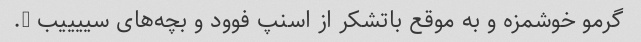
گرمو خوشمزه و به موقع باتشکر از اسنپ فوود و بچه‌های سییییب …. ‌